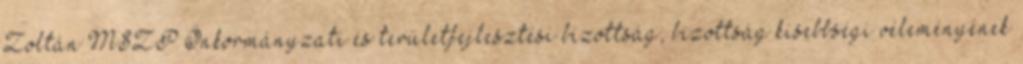
Zoltán MSZP Önkormányzati és területfejlesztési bizottság, bizottság kisebbségi véleményének